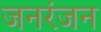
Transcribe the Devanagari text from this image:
जनरंजन